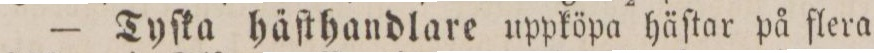
— Tyſka häſthandlare uppköpa häſtar på flera